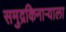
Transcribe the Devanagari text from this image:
समुद्रकिनार्‍याला